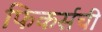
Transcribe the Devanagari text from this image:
फिकर्सची